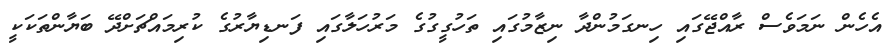
އެހެން ނަމަވެސް ރާއްޖޭގައި ހިނގަމުންދާ ނިޒާމުގައި ތަހުގީގުގެ މަރުހަލާގައި ފަނޑިޔާރުގެ ކުރިމައްޗަށްދޭ ބަޔާންތަކަކީ